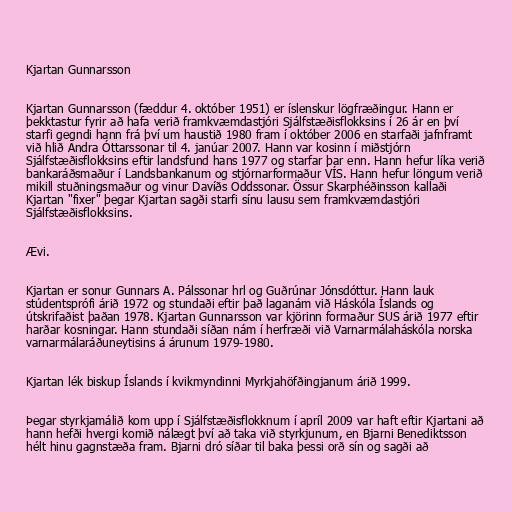
Kjartan Gunnarsson

Kjartan Gunnarsson (fæddur 4. október 1951) er íslenskur lögfræðingur. Hann er
þekktastur fyrir að hafa verið framkvæmdastjóri Sjálfstæðisflokksins í 26 ár en því
starfi gegndi hann frá því um haustið 1980 fram í október 2006 en starfaði jafnframt
við hlið Andra Óttarssonar til 4. janúar 2007. Hann var kosinn í miðstjórn
Sjálfstæðisflokksins eftir landsfund hans 1977 og starfar þar enn. Hann hefur líka verið
bankaráðsmaður í Landsbankanum og stjórnarformaður VÍS. Hann hefur löngum verið
mikill stuðningsmaður og vinur Davíðs Oddssonar. Össur Skarphéðinsson kallaði
Kjartan "fixer" þegar Kjartan sagði starfi sínu lausu sem framkvæmdastjóri
Sjálfstæðisflokksins.

Ævi.

Kjartan er sonur Gunnars A. Pálssonar hrl og Guðrúnar Jónsdóttur. Hann lauk
stúdentsprófi árið 1972 og stundaði eftir það laganám við Háskóla Íslands og
útskrifaðist þaðan 1978. Kjartan Gunnarsson var kjörinn formaður SUS árið 1977 eftir
harðar kosningar. Hann stundaði síðan nám í herfræði við Varnarmálaháskóla norska
varnarmálaráðuneytisins á árunum 1979-1980.

Kjartan lék biskup Íslands í kvikmyndinni Myrkjahöfðingjanum árið 1999.

Þegar styrkjamálið kom upp í Sjálfstæðisflokknum í apríl 2009 var haft eftir Kjartani að
hann hefði hvergi komið nálægt því að taka við styrkjunum, en Bjarni Benediktsson
hélt hinu gagnstæða fram. Bjarni dró síðar til baka þessi orð sín og sagði að